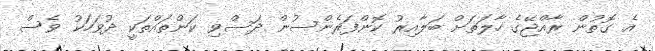
އެ ގޮތުން ރާއްޖޭގެ ހާލަތަށް ބަލާއިރު ކޮންފަރެންސުން ދަސްވި ކަންތައްތަކީ ދުވަހަކު ވެސް